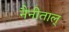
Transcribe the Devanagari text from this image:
नैनीताल्